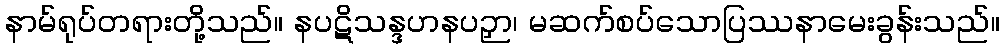
နာမ်ရုပ်တရားတို့သည်။ နပဋိသန္ဒဟနပဉှာ၊ မဆက်စပ်သောပြဿနာမေးခွန်းသည်။